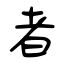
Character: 者